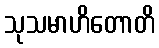
သုသမာဟိတောတိ